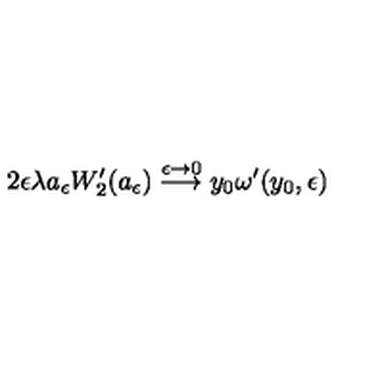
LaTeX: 2 \epsilon \lambda a _ { \epsilon } W _ { 2 } ^ { \prime } ( a _ { \epsilon } ) \stackrel { \epsilon \to 0 } { \longrightarrow } y _ { 0 } \omega ^ { \prime } ( y _ { 0 } , \epsilon )